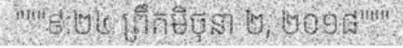
"""៩:២៤ ព្រឹកមិថុនា ២, ២០១៨"""